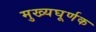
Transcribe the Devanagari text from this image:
मुख्यघूर्णक